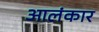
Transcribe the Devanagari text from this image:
आलंकार